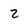
Character: z